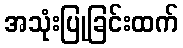
အသုံးပြုခြင်းထက်